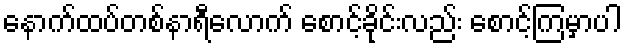
နောက်ထပ်တစ်နာရီလောက် စောင့်ခိုင်းလည်း စောင့်ကြမှာပါ